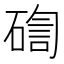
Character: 𥔀